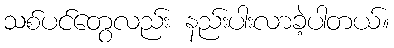
သစ်ပင်တွေလည်း နည်းပါးလာခဲ့ပါတယ်။